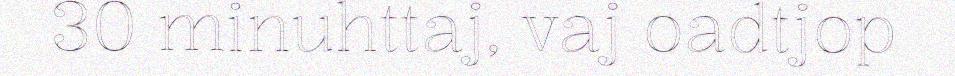
30 minuhttaj, vaj oadtjop